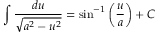
\int { \frac { d u } { \sqrt { a ^ { 2 } - u ^ { 2 } } } } = \sin ^ { - 1 } \left( { \frac { u } { a } } \right) + C